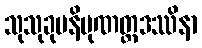
သုသုခုမနိပုဏတ္ထဒဿိနာ